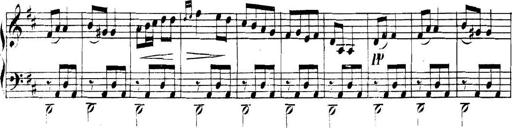
Title: Collected Piano Sonatas
Composer: Muzio Clementi